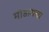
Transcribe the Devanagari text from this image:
मोडायचा